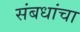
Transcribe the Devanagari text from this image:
संबधांचा